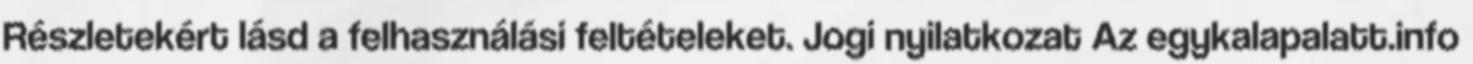
Részletekért lásd a felhasználási feltételeket. Jogi nyilatkozat Az egykalapalatt.info